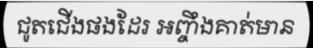
ជូតជើងផងដែរ អញ្ចឹងគាត់មាន